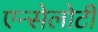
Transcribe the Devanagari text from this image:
एन्सेलोटी